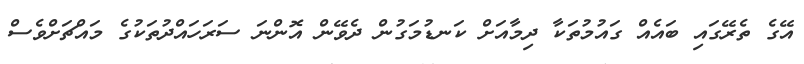
އޭގެ ތެރޭގައި ބައެއް ގައުމުތަކާ ދިމާއަށް ކަނޑުމަގުން ދެވޭން އޮންނަ ސަރަހައްދުތަކުގެ މައްޗަށްވެސް